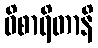
ဝိစာရိတာနိ